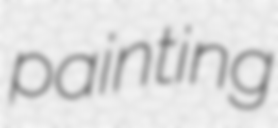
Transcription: painting